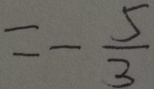
= - \frac { 5 } { 3 }